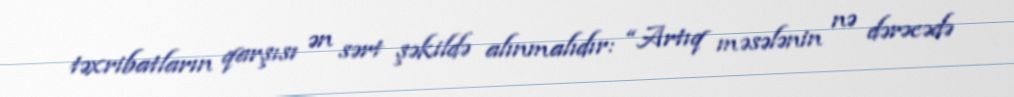
təxribatların qarşısı ən sərt şəkildə alınmalıdır: “Artıq məsələnin nə dərəcədə